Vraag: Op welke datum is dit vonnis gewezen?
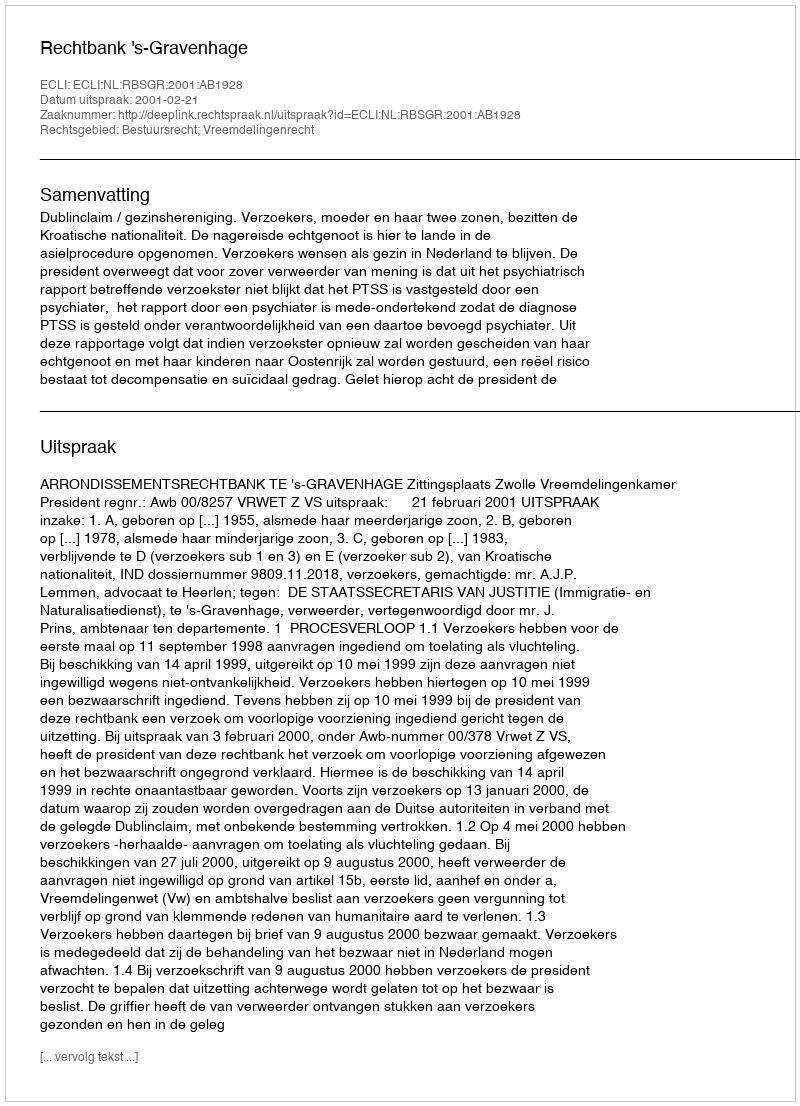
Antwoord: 2001-02-21